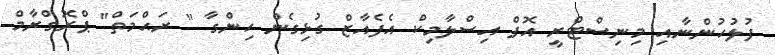
ފުލުހުންނާއި މިނިސްޓްރީ އޮފް އިސްލާމިކް އެފެއާޒް ގުޅިގެން ހިންގާ " ރަޙްމަތް" ޕްރޮގްރާމް